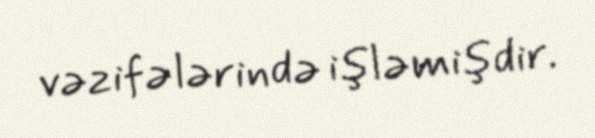
vəzifələrində işləmişdir.